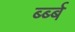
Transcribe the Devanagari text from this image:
र्ब्ब्ब